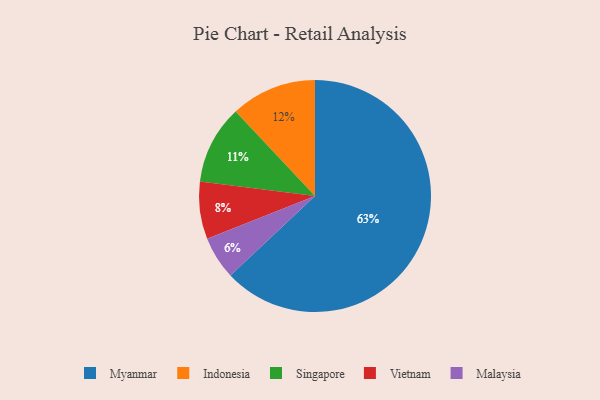
{"axis": {"x": "Category", "y": "Percentage"}, "legend": ["Indonesia", "Malaysia", "Myanmar", "Singapore", "Vietnam"], "data": [{"x": "Malaysia", "y": 6, "type": "Malaysia"}, {"x": "Indonesia", "y": 12, "type": "Indonesia"}, {"x": "Vietnam", "y": 8, "type": "Vietnam"}, {"x": "Singapore", "y": 11, "type": "Singapore"}, {"x": "Myanmar", "y": 63, "type": "Myanmar"}]}